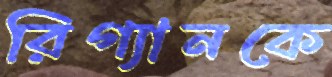
রিগ্যানকে